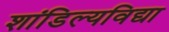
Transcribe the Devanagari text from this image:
शांडिल्यविद्या